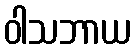
ဝါသဘာယ